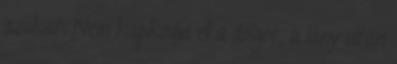
azokat. Nem kapkodja el a dolgot, a lány után